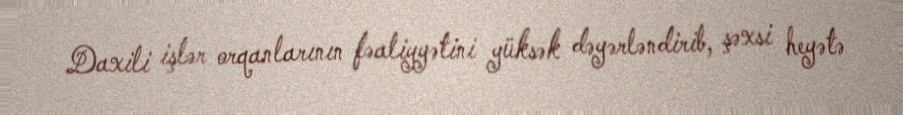
Daxili işlər orqanlarının fəaliyyətini yüksək dəyərləndirib, şəxsi heyətə